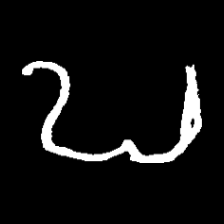
Pyu character \u2014 Myanmar letter: ဎ (romanized: ddha)